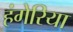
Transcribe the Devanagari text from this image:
हंगेरिया